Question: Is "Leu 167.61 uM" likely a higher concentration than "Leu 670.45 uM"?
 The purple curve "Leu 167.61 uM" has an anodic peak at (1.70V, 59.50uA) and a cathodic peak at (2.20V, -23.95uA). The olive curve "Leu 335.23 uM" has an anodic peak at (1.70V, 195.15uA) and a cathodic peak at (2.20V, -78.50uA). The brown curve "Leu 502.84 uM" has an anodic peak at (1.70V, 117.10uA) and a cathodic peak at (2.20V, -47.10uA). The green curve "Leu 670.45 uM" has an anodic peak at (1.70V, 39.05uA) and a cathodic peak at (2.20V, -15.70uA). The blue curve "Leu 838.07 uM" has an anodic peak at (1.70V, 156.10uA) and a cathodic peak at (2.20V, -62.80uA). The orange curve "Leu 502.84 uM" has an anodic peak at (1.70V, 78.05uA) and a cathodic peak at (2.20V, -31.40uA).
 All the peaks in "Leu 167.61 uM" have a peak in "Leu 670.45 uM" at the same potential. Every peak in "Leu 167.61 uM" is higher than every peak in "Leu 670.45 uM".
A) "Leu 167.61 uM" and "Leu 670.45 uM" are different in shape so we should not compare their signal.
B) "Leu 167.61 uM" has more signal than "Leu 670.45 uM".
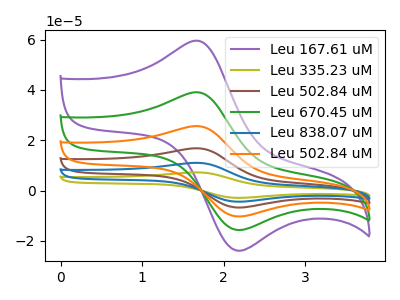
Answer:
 <answer>B) "Leu 167.61 uM" has more signal than "Leu 670.45 uM".</answer>
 <eval>B</eval>